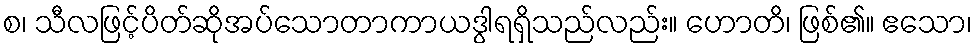
စ၊ သီလဖြင့်ပိတ်ဆိုအပ်သောတာကာယဒွါရရှိသည်လည်း။ ဟောတိ၊ ဖြစ်၏။ ဧသော၊